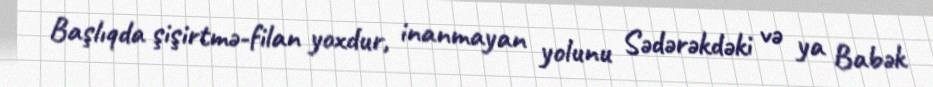
Başlıqda şişirtmə-filan yoxdur, inanmayan yolunu Sədərəkdəki və ya Babək